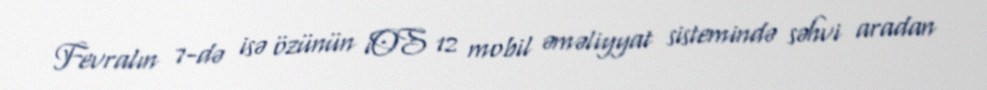
Fevralın 7-də isə özünün iOS 12 mobil əməliyyat sistemində səhvi aradan